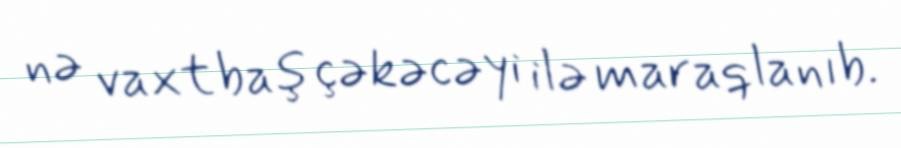
nə vaxt baş çəkəcəyi ilə maraqlanıb.